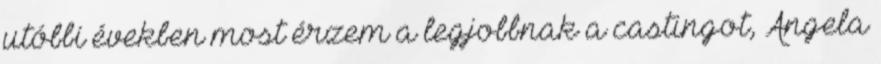
utóbbi években most érzem a legjobbnak a castingot, Angela